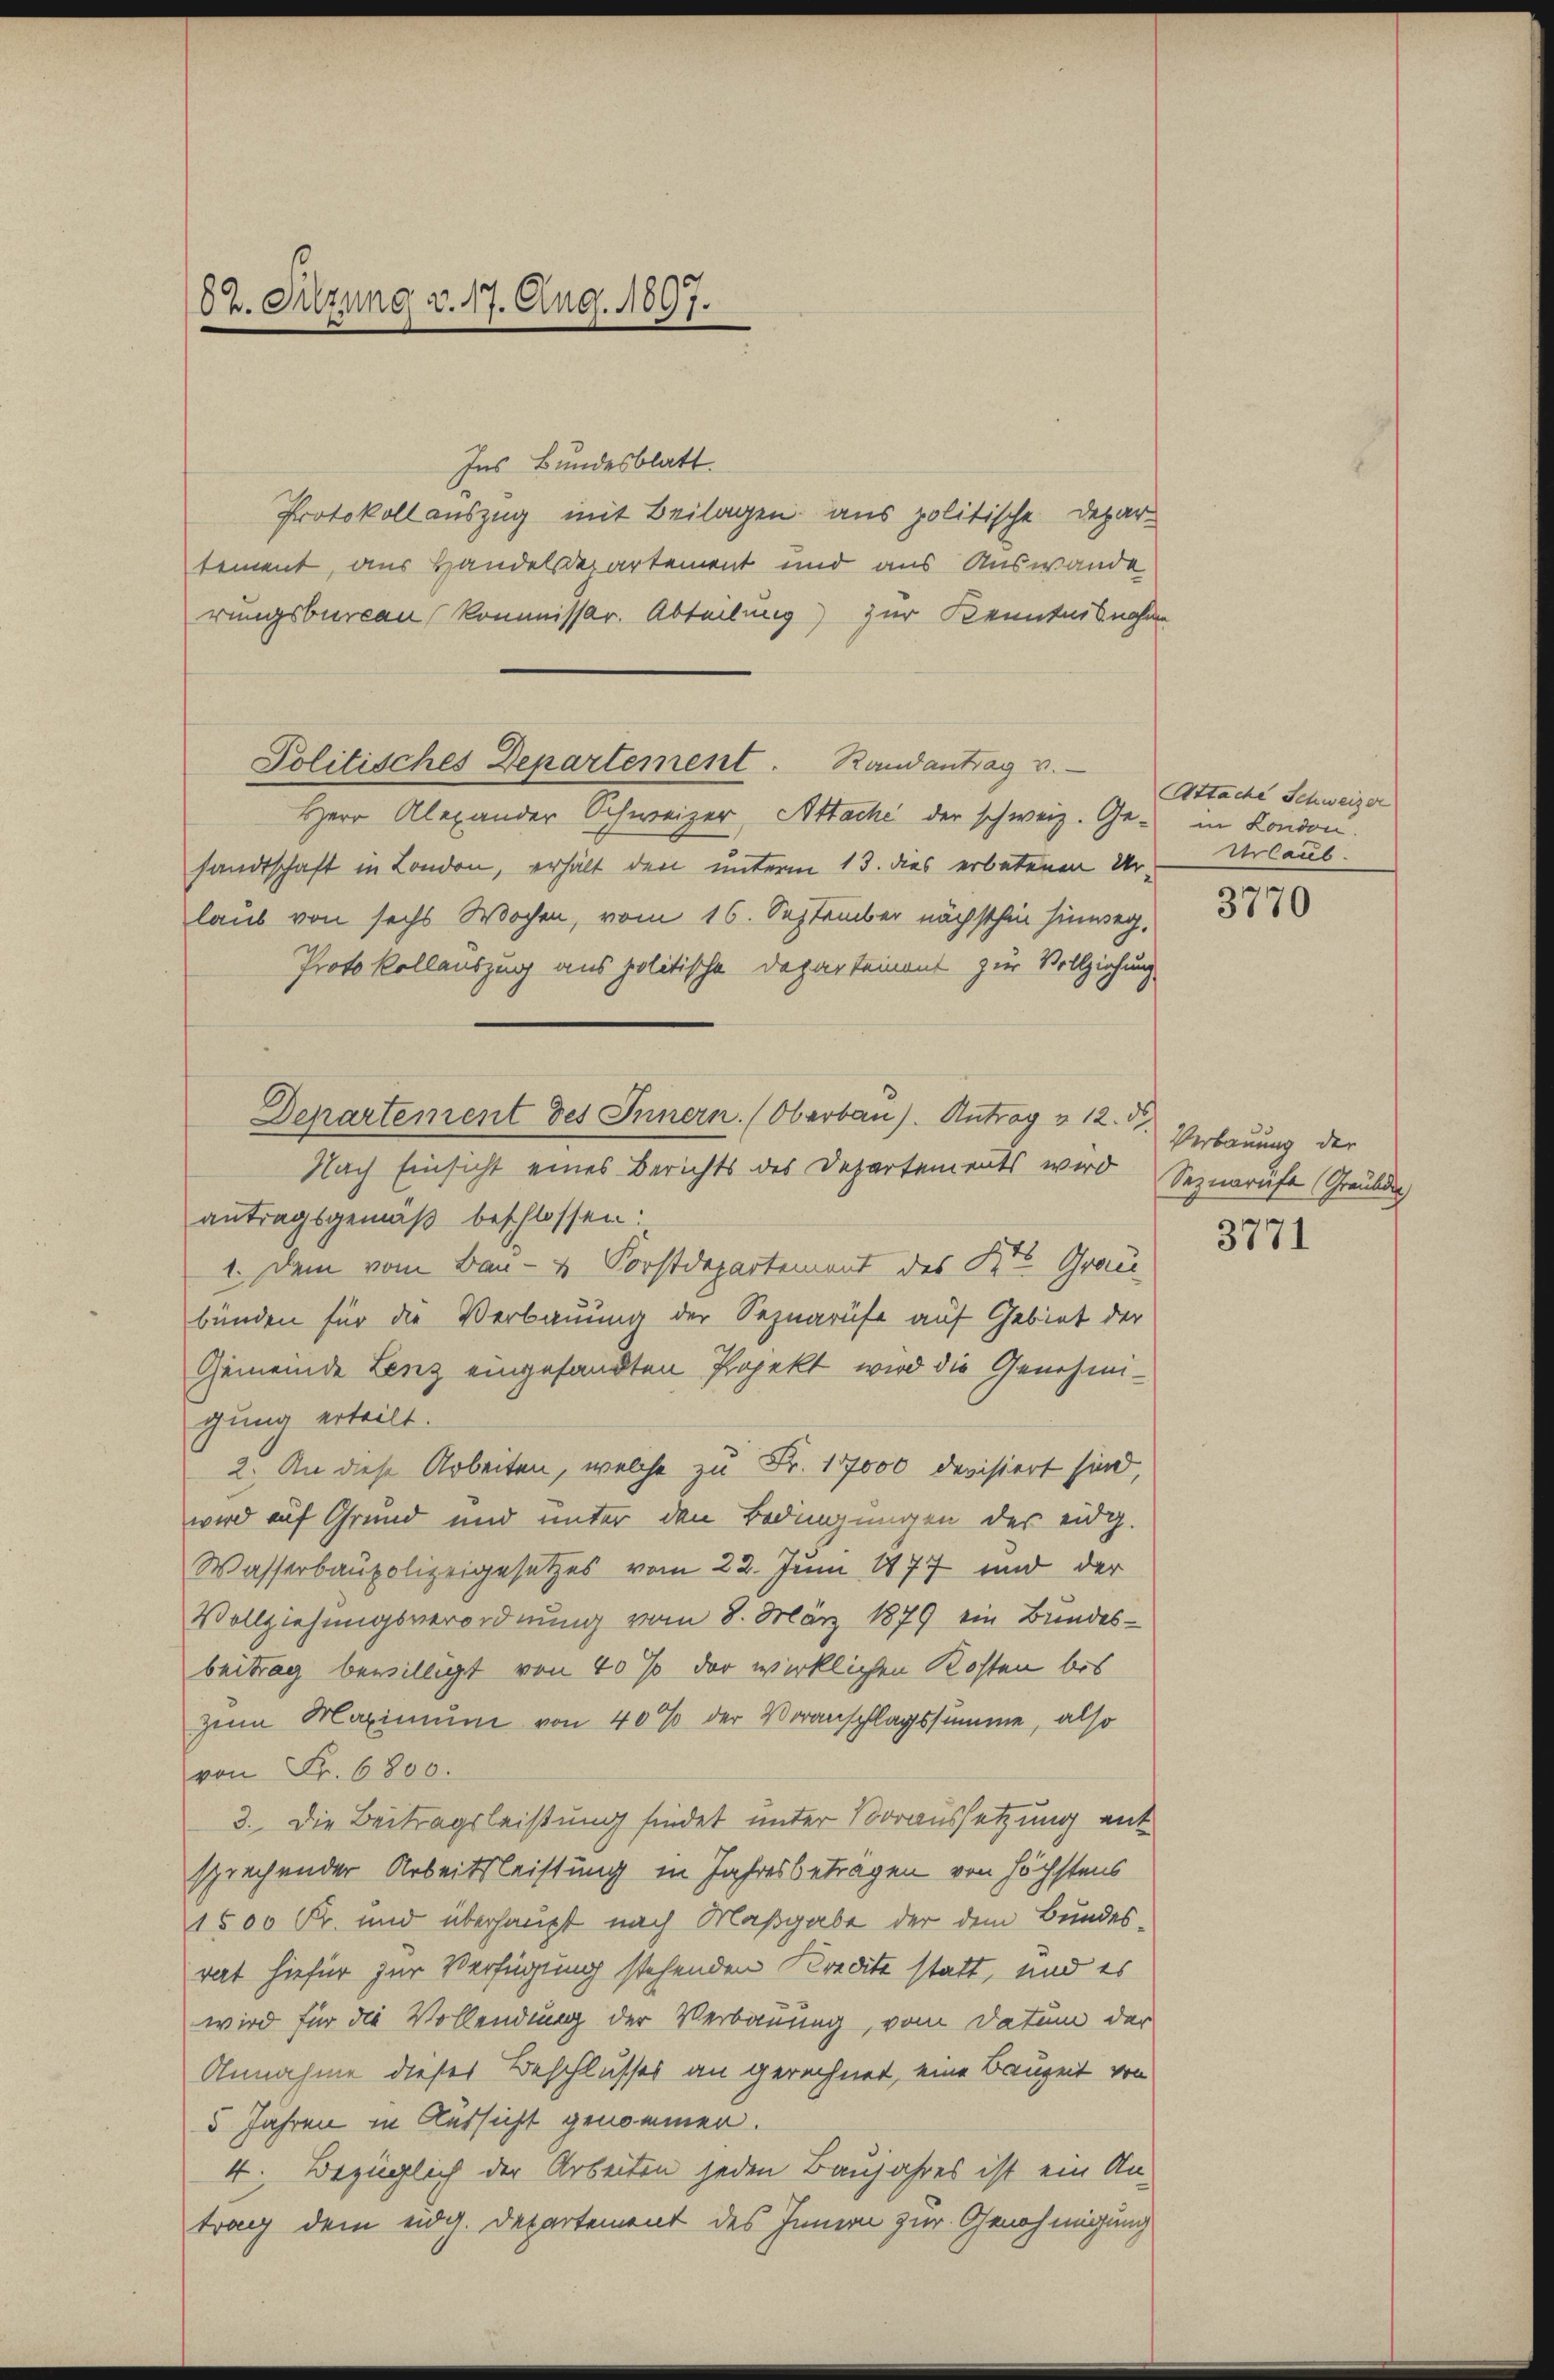
62. Sitzung v. 17. Aug. 1897.

Ins Bundesblatt.
Protokoll auszug mit Beilagen aus politische Depar-
tement, aus Handelsdepartement und aus Auswande
rungsbureau kommissar. Abteilung) zur Kenntnisnahme
Herr Alexander Schweizer, Attache der schweiz. Ge- London.
sandtschaft in London, erhält den unterm 13. dies erbetenen Urlaub von sechs Wochen, vom 16. September nächsthin hinweg,
Protokollauszug aus politische Departement zur Vollziehung
Nach Einsicht eines Berichts des Departements wird Seinerufe (Graubdich
antragsgemäß beschlossen:
1. Dem vom Bau- u. Forstdepartement des St. Grau
bünden für die Verbauung der Sequarufe auf Gebiet der
Gemeinde Lenz eingesandten Projekt wird die Genehmigung erteilt.
2. An diese Arbeiten, welche zu Fr. 17000 devisiert sind,
wird auf Grund und unter den Bedingungen des eidg.
Wasserbaupolizeigesetzes vom 22. Juni 1877 und der
Vollziehungsverordnung vom 8. März 1879 ein Bundes-
beitrag bewilligt von 40% der wirklichen Kosten bis
zum Maximum von 40% der Voranschlagssumme, also
von Fr. 6800.
3. Die Beitragsleistung findet unter Voraussetzung ent
sprachender Arbeitsleistung in Jahresbeträgen von höchstens
1500 Fr. und überhaupt nach Maßgabe der dem Bundes-
rat hiefür zur Verfügung stehenden Kredite statt, und es
wird für die Vollendung der Verbauung, vom Datum der
Annahme dieser Beschlusses an gerechnet, eine Bauzeit von
5 Jahren in Aussicht genommen.
4. Bezüglich der Arbeiten jeden Baujahres ist ein An-
trag dem eidg. Departement des Innern zur Genehmigung

Politisches Departement. Randantrag v.

Departement des Innern. (Oberbau). Antrag v. 12. d.

Attache Schweizer
Urlaub.

3770

Verbauung der

3771